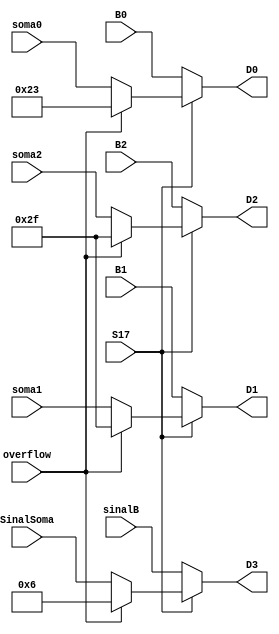
module SumB( 
    input  S17,
	 input overflow,
	 input [6:0] soma0,
	 input [6:0] soma1,
	 input [6:0] soma2,
	 input [6:0] SinalSoma,
	 input [6:0] B0,
	 input [6:0] B1,
	 input [6:0] B2,
	 input [6:0] sinalB,
	 output [6:0] D0,
	 output [6:0] D1,
	 output [6:0] D2,
	 output [6:0] D3
    );
    
	assign	D0 = (S17 ? (overflow ? ~7'b1011100 : soma0 ) : B0);
	assign	D1 = (S17 ? (overflow ? ~7'b1010000 : soma1 ): B1);
	assign	D2 = (S17 ? (overflow ? ~7'b1010000 : soma2 ): B2);
	assign	D3 = (S17 ? (overflow ? ~7'b1111001 : SinalSoma ) : sinalB);
	

endmodule